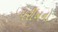
પરીખનો